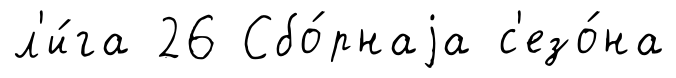
л'и́га 26 Сбо́рнаjа с'езо́на